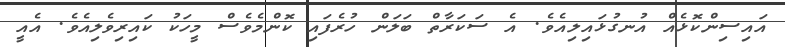
އައިސިންކޮޅެއް އުނގުޅައިލިއެވެ. އެ ސަކަރާތް ބަލަން ހުރެފައި ކޮންމެވެސް މީހަކު ކައިރިވެލިއެވެ. އެއީ